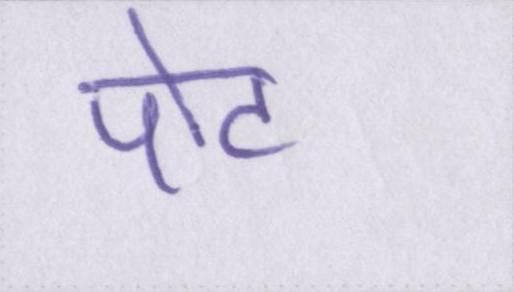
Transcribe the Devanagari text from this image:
पोट